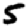
Digit: 5